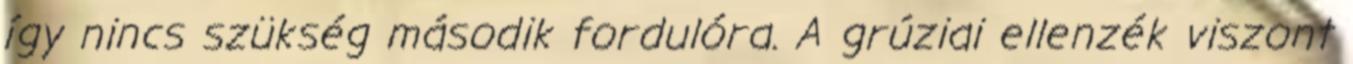
így nincs szükség második fordulóra. A grúziai ellenzék viszont